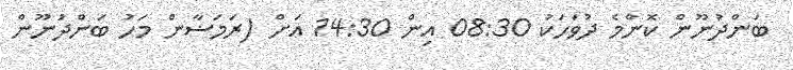
ބަންދުނޫން ކޮންމެ ދުވަހަކު 08:30 އިން 14:30 އަށް (ރަމަޟާން މަހު ބަންދުނޫން